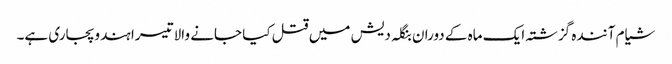
شیام آنندہ گزشتہ ایک ماہ کے دوران بنگلہ دیش میں قتل کیا جانے والا تیسرا ہندو پجاری ہے۔